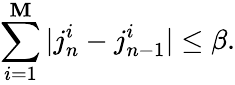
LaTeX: \sum_{i=1}^{\mathbf{M}}|j_{n}^{i}-j_{n-1}^{i}|\leq\beta.